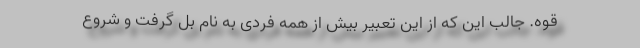
قوه. جالب این که از این تعبیر بیش از همه فردی به نام بُل گرفت و شروع